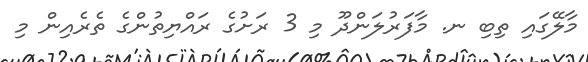
މާލޭގައި ތިބި ނ. މާފަރުލަންދޫ މި 3 ރަށުގެ ރައްޔިތުންގެ ތެރެއިން މި